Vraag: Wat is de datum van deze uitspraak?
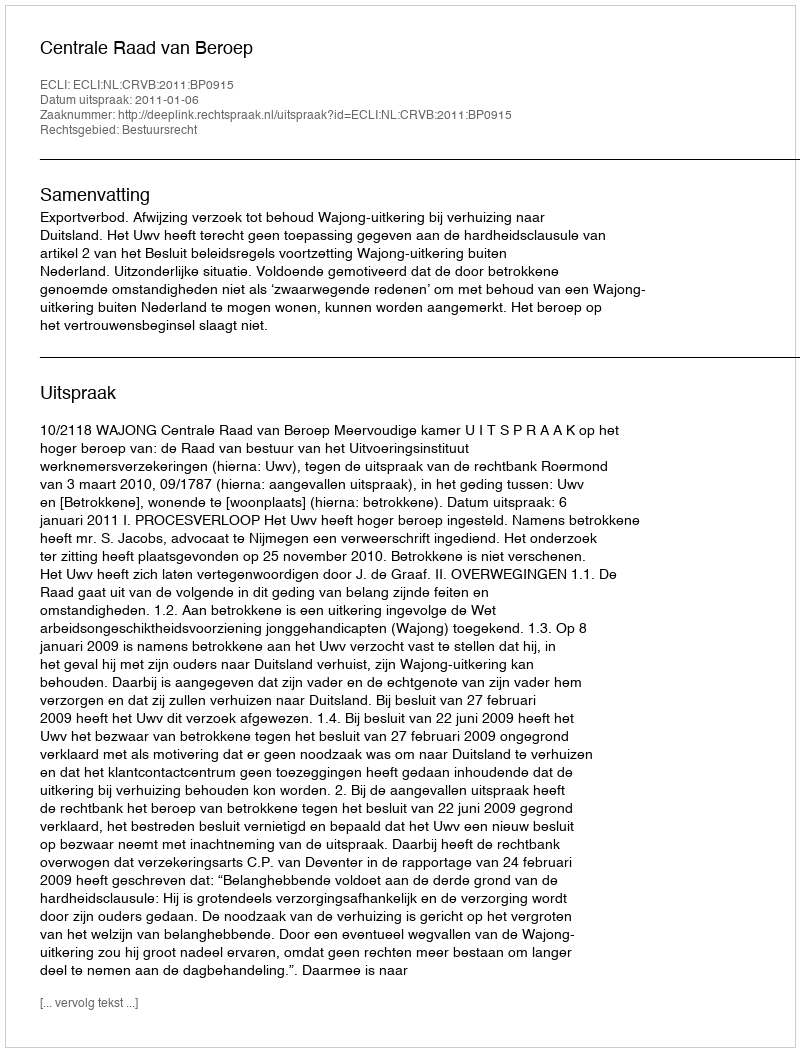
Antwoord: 2011-01-06